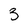
Character: 3